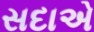
સદાએ